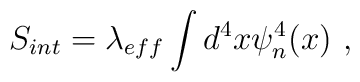
S_{int} = \lambda_{eff} \int d^4x \psi_n^4(x)~,